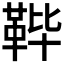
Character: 𱁴